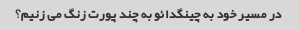
در مسیر خود به چینگدائو به چند پورت زنگ می زنیم؟